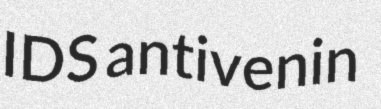
IDS antivenin